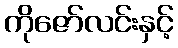
ကိုဇော်လင်းနှင့်